Document type: Sale
Year: 1355
Scribe: Pere Borrell
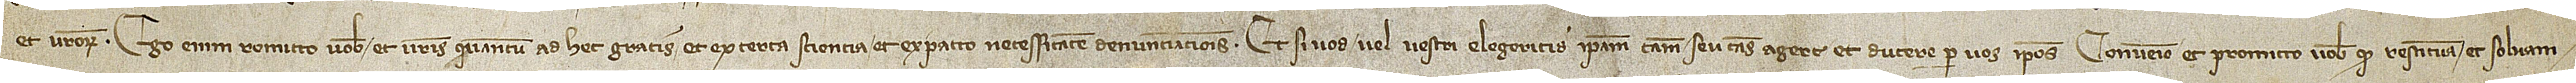
et vestrorum. Ego enim remitto vobis et vestris quantum ad hec gratis et ex certa sciencia et ex pacto necessitatem denunciationis. Et si vos vel vestri elegeritis ipsam causam seu causas agere et ducere per vos ipsos, convenio et promitto vobis quod restituam et solvam